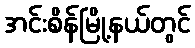
အင်းစိန်မြို့နယ်တွင်